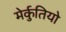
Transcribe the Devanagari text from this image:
मेर्कुतियो